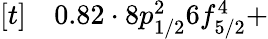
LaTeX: \begin{array}{rl}{[t]}&{{}0.82\cdot 8p_{1/2}^{2}6f_{5/2}^{4}+}\end{array}